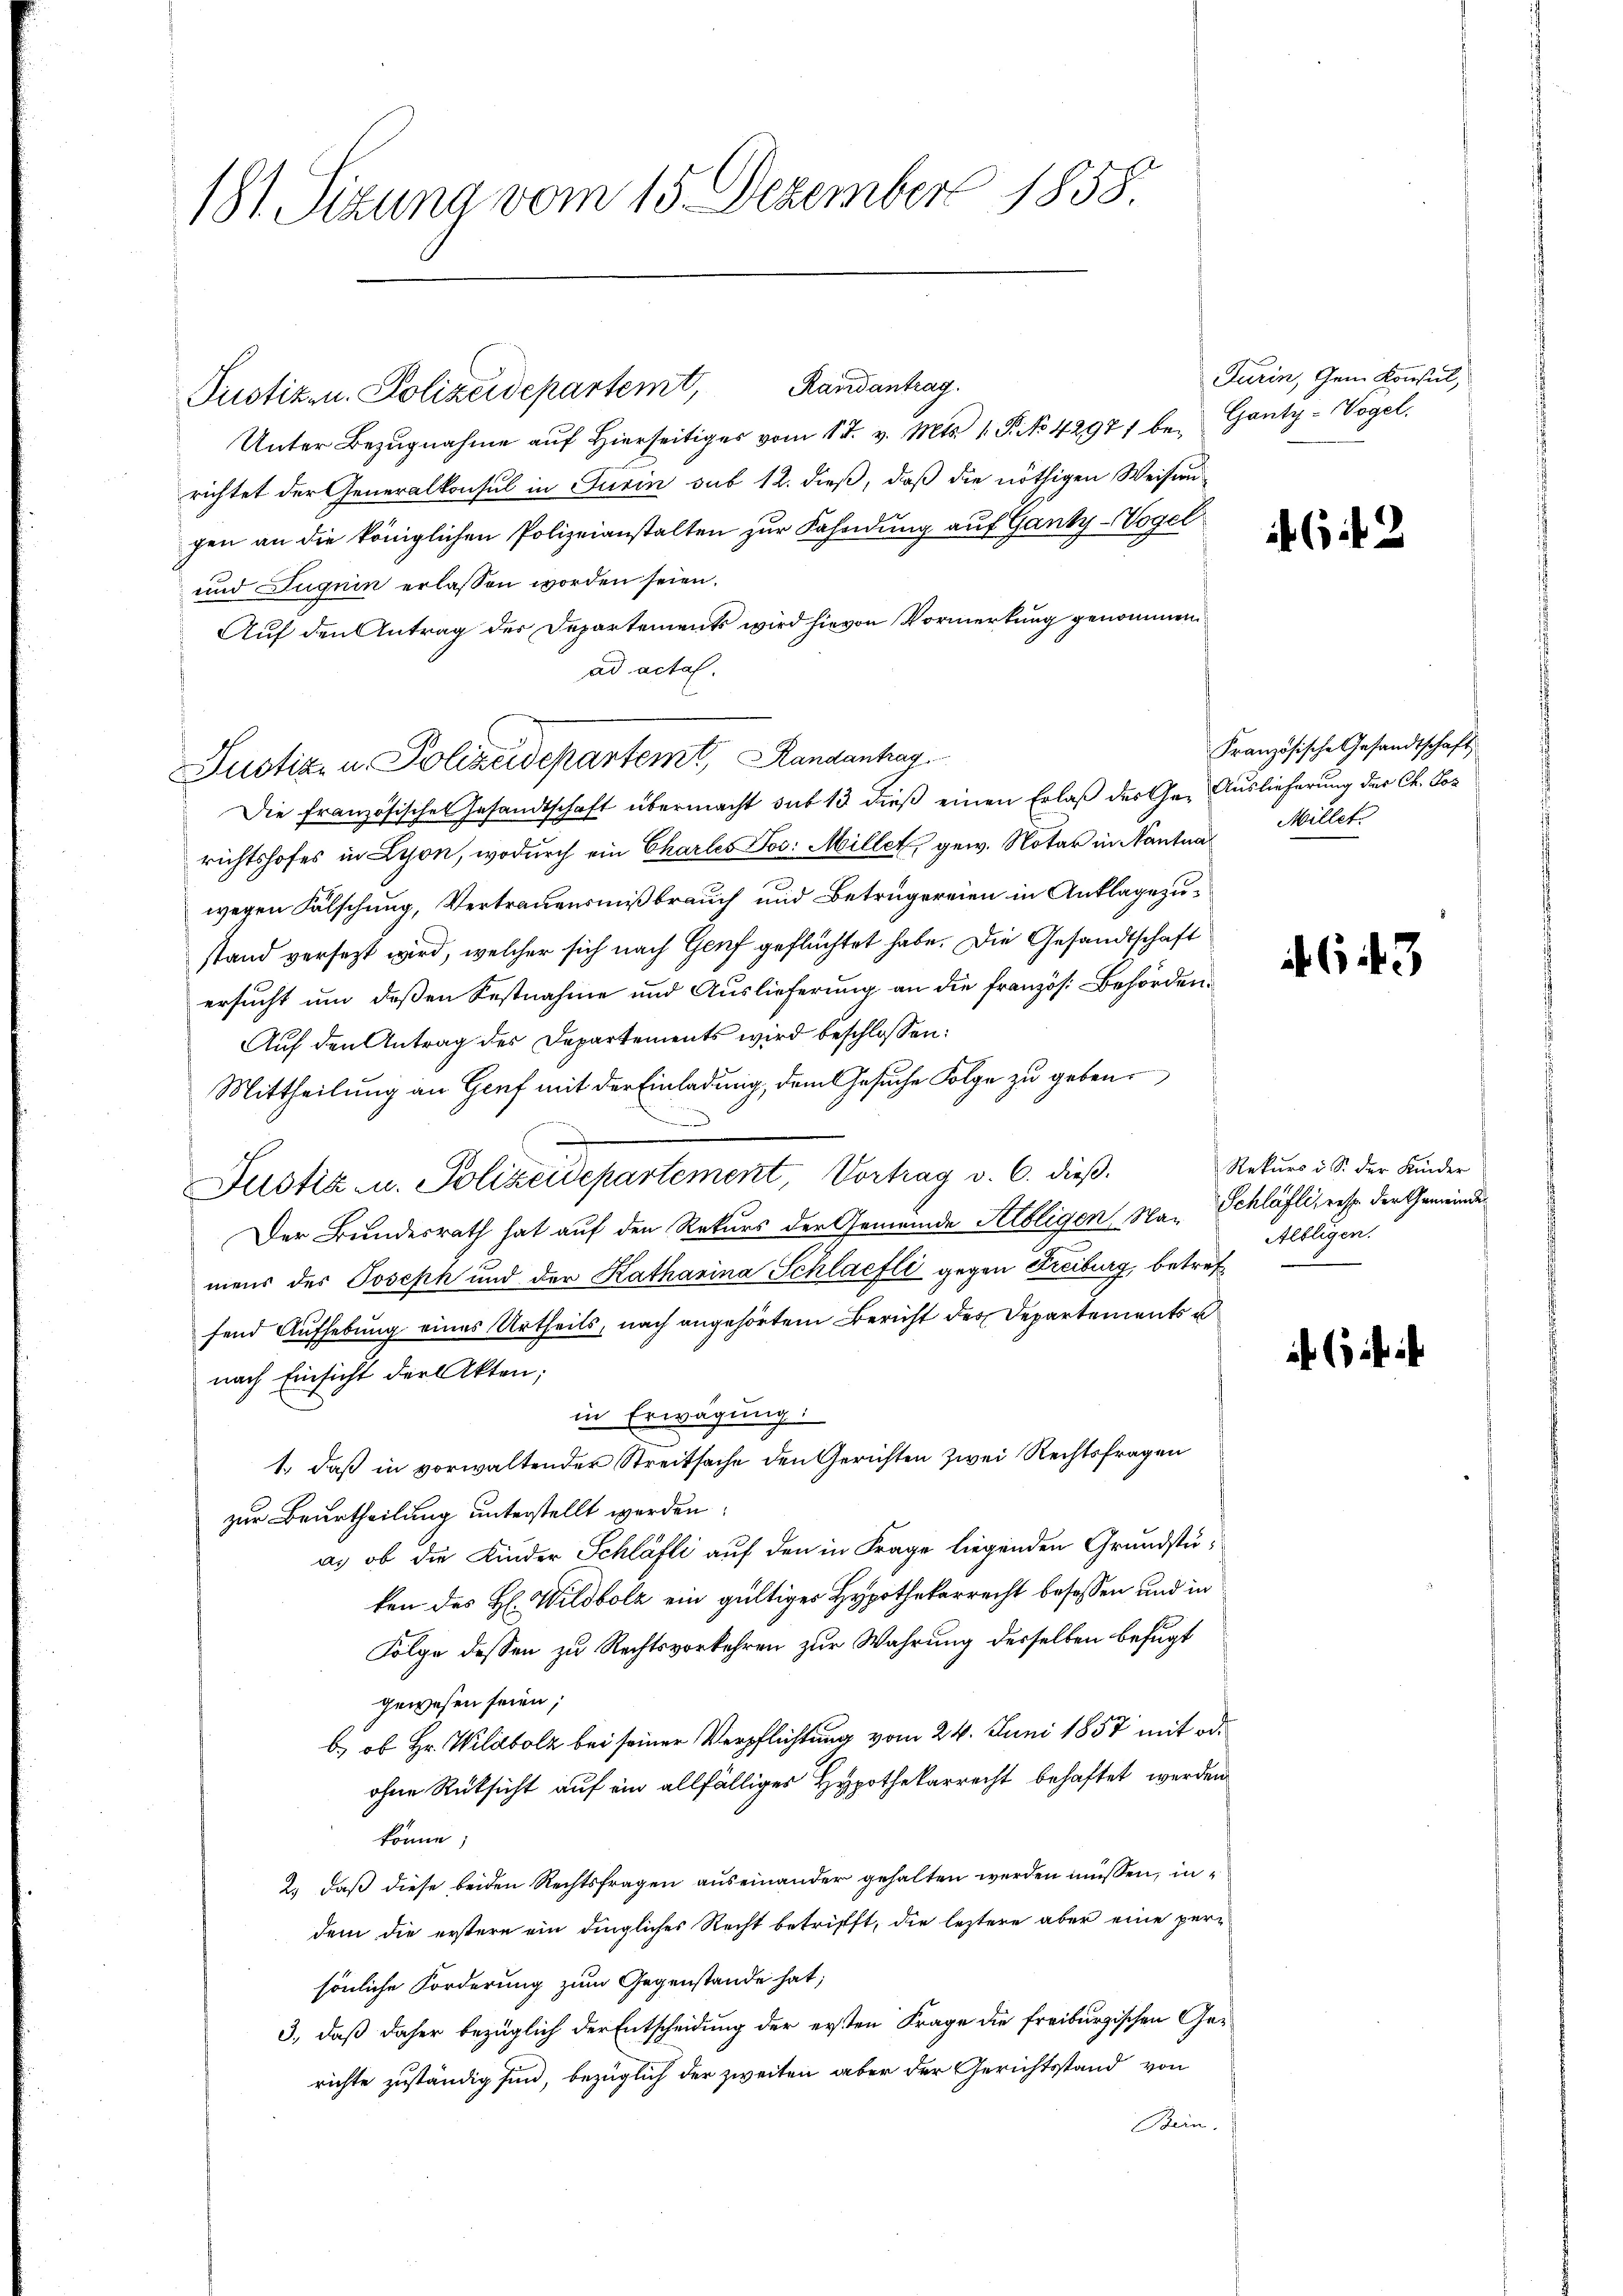
181. Sizung vom 15. Dezember 1858.

Pustiz u. Polizeidepartemt, Randantrag.

Justiz- u. Polizeidepartemt, Landanhar
Die französisches Gesandtschaft übermacht sub 13 dieß einen Erlaß des Ge- Auslieferung der Ch. Pos

Unter Bezŭgnahme aŭf hierseitiger vom 14. v. Mts. 1. P. No 42971 be- Ganty-Vogel.
richtet der Generalkonsul in Turin sub 12. dieß, daß die nöthigen Weisen-
gen an die königlichen Polizeianstalten zur Fahndung auf Ganty-Vogel
und Sugnin erlassen worden seien.
Auf den Antrag der Departements wird hievon Vormerkung genommen.
ad acta.
richtshofes in Lyon, wodurch ein Charles Jos. Millet, gew. Notar in Nantua Millet
wegen Fälschung, Vertrauensmißbrauch und Betrugereien in Anklagezustand versezt wird, welcher sich nach Genf geflüchtet habe. Die Gesandtschaft
ersucht um deßen Festnahme und Auslieferung an die französ. Behörden.
Aŭf den Antrag des Departements wird beschlossen:
Mittheilung an Genf mit der Einladung, dem Gesuche Folge zu geben.
Justiz- u. Polizeidepartement, Vortrag v. 6. dieß.
Der Bundesrath hat auf den Rekurs der Gemeinde Albligen Na- Schläfli, sehr der Gemeinde
mens des Joseph und der Katharina Schlaefli gegen Freiburg, betref
fend Aufhebung eines Urtheils, nach angehörtem Bericht des Departements u
nach Einsicht der Akten;
in Erwägung:
1., daß in vorwaltender Streitsache den Gerichten zwei Rechtsfragen
zur Beurtheilung unterstellt werden.
a. ob die Kinder Schläfti auf den in Frage liegenden Grundstüken des H. Wildbolz ein gültiges Hypothekarrecht besassen und in
Folge dessen zu Rechtsvorkehren zur Wahrung desselben befugt
gewesen seien;
b.) ob Hr. Wildbolz bei seiner Verpflichtung vom 24. Juni 1857 mit od.
ohne Rücksicht auf ein allfälliges Hypothekarrecht behaftet werden
könne;
2.) daß diese beiden Rechtsfragen auseinander gehalten werden müssen, indem die erstere ein dingliches Recht betrifft, die leztere aber eine persönliche Forderung zum Gegenstände hat;
3., daß daher bezüglich der Entscheidung der ersten Frage die freiburgischen Gerichte zuständig sind, bezüglich der zweiten aber der Gerichtsstand von
Bern.

Turin, dem Konsul,

6 f 3

Französische Gesandtschaft

643

Rekurs u. S. der Kinder
Albligen.

f 6 x